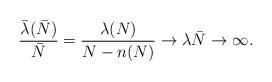
LaTeX: \begin{align*}\frac{\bar{\lambda}(\bar{N})}{\bar{N}}=\frac{\lambda(N)}{N-n(N)}\to \lambda\bar{N}\to\infty.\end{align*}